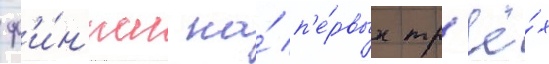
ф'и́н'иш на́ п'е́рвых тр'ё́х